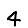
Digit: 4